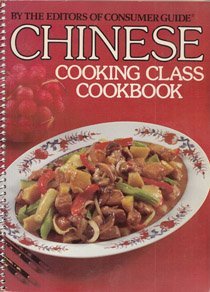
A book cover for Chinese Cooking Class Cookbook; Consumer Guide; Cookbooks, Food & Wine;